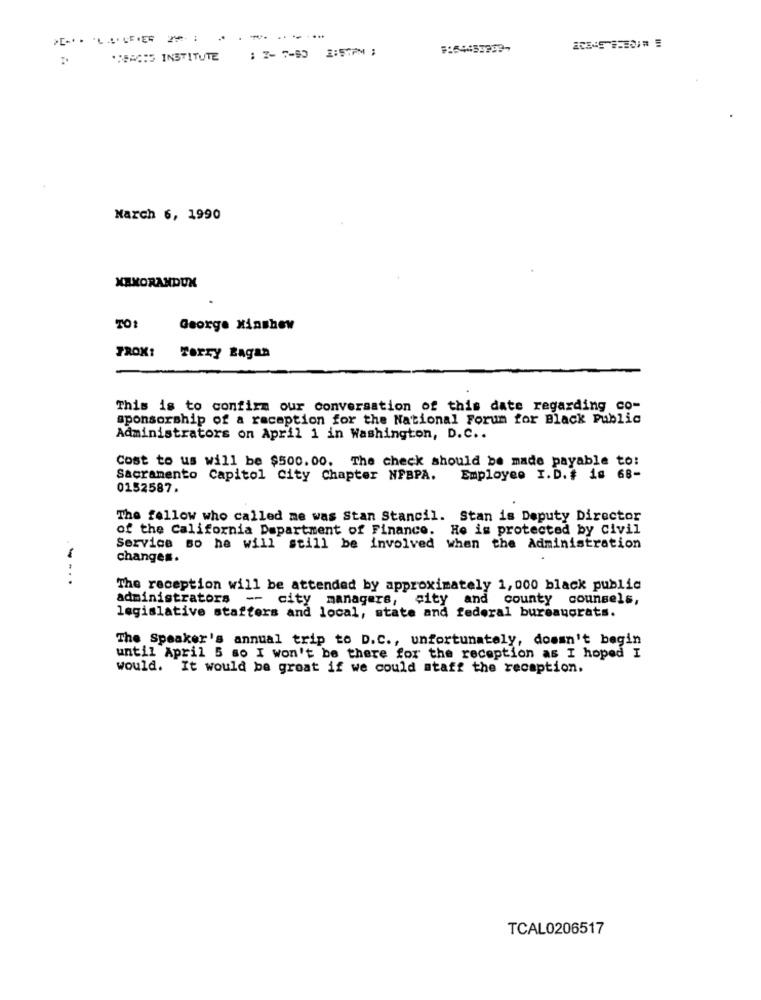
: 2- 7-60 2:57PM ;
JSEM65 INSTITUTE
March 6, 1990
XAKORANDUX
TO:
George Minshew
PROX:
Terry Bagan
This is to confirm our conversation of this date regarding co-
sponsorship of a racaption for the National Forum for Black Public
Administrators on April 1 in Washington, D.C ..
Cost to us will be $500.00. The check should be made payable to:
Sacramento Capitol City Chapter NFBPA.
Employee I.D.# 18 68-
0152587.
The fellow who called me was Stan Stancil. Stan is Deputy Director
of the California Department of Finance. He is protected by civil
Service so he will still be involved when the Administration
changes.
The reception will be attended by approximately 1, 000 black public
administrators -- city managers, city and county counsels,
legislative staffers and local, state and federal bureauorats.
The Speaker's annual trip to D.C ., unfortunately, doesn't begin
until April 5 so I won't be there for the reception as I hoped I
would. It would be great if we could staff the reception.
TCAL0206517